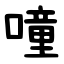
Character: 噇